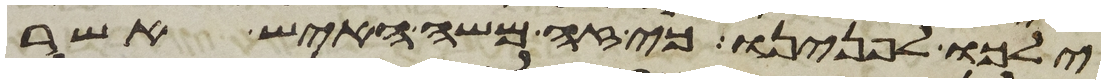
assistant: ילכו לפנינו כי זה משה האיש אשר